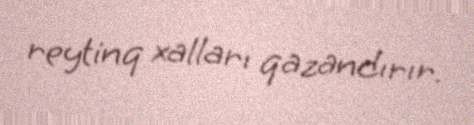
reytinq xalları qazandırır.